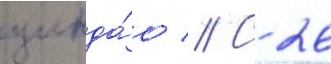
цинда́о // С 26